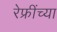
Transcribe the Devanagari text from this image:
रेफ्रींच्या